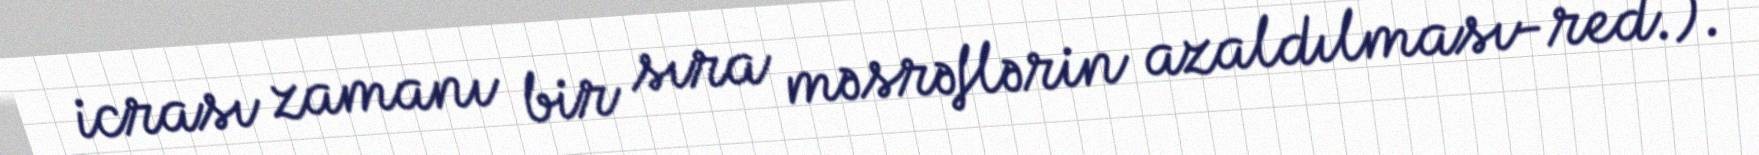
icrası zamanı bir sıra məsrəflərin azaldılması-red.).